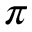
\pi